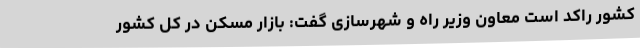
کشور راکد است معاون وزیر راه و شهرسازی گفت: بازار مسکن در کل کشور